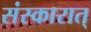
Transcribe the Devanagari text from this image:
संस्कारात्